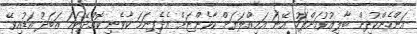
އަންހެންކުދިން ބާލިޢުވުމަށްފަހު އޭނަ އަމިއްލަޔަށް ކާވެންޏަށް އެދެފިނަމަ ކާވެނި ކޮއްދޭނަމަ އަބަދު އަޑުއިވޭ